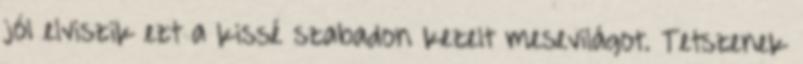
jól elviszik ezt a kissé szabadon kezelt mesevilágot. Tetszenek